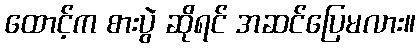
ထောင့်က စားပွဲ ဆိုရင် အဆင်ပြေမလား။